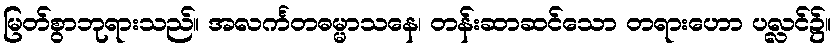
မြတ်စွာဘုရားသည်။ အလင်္ကတဓမ္မာသနေ၊ တန်းဆာဆင်သော တရားဟော ပလ္လင်၌။